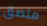
ملصق